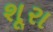
શૂરા